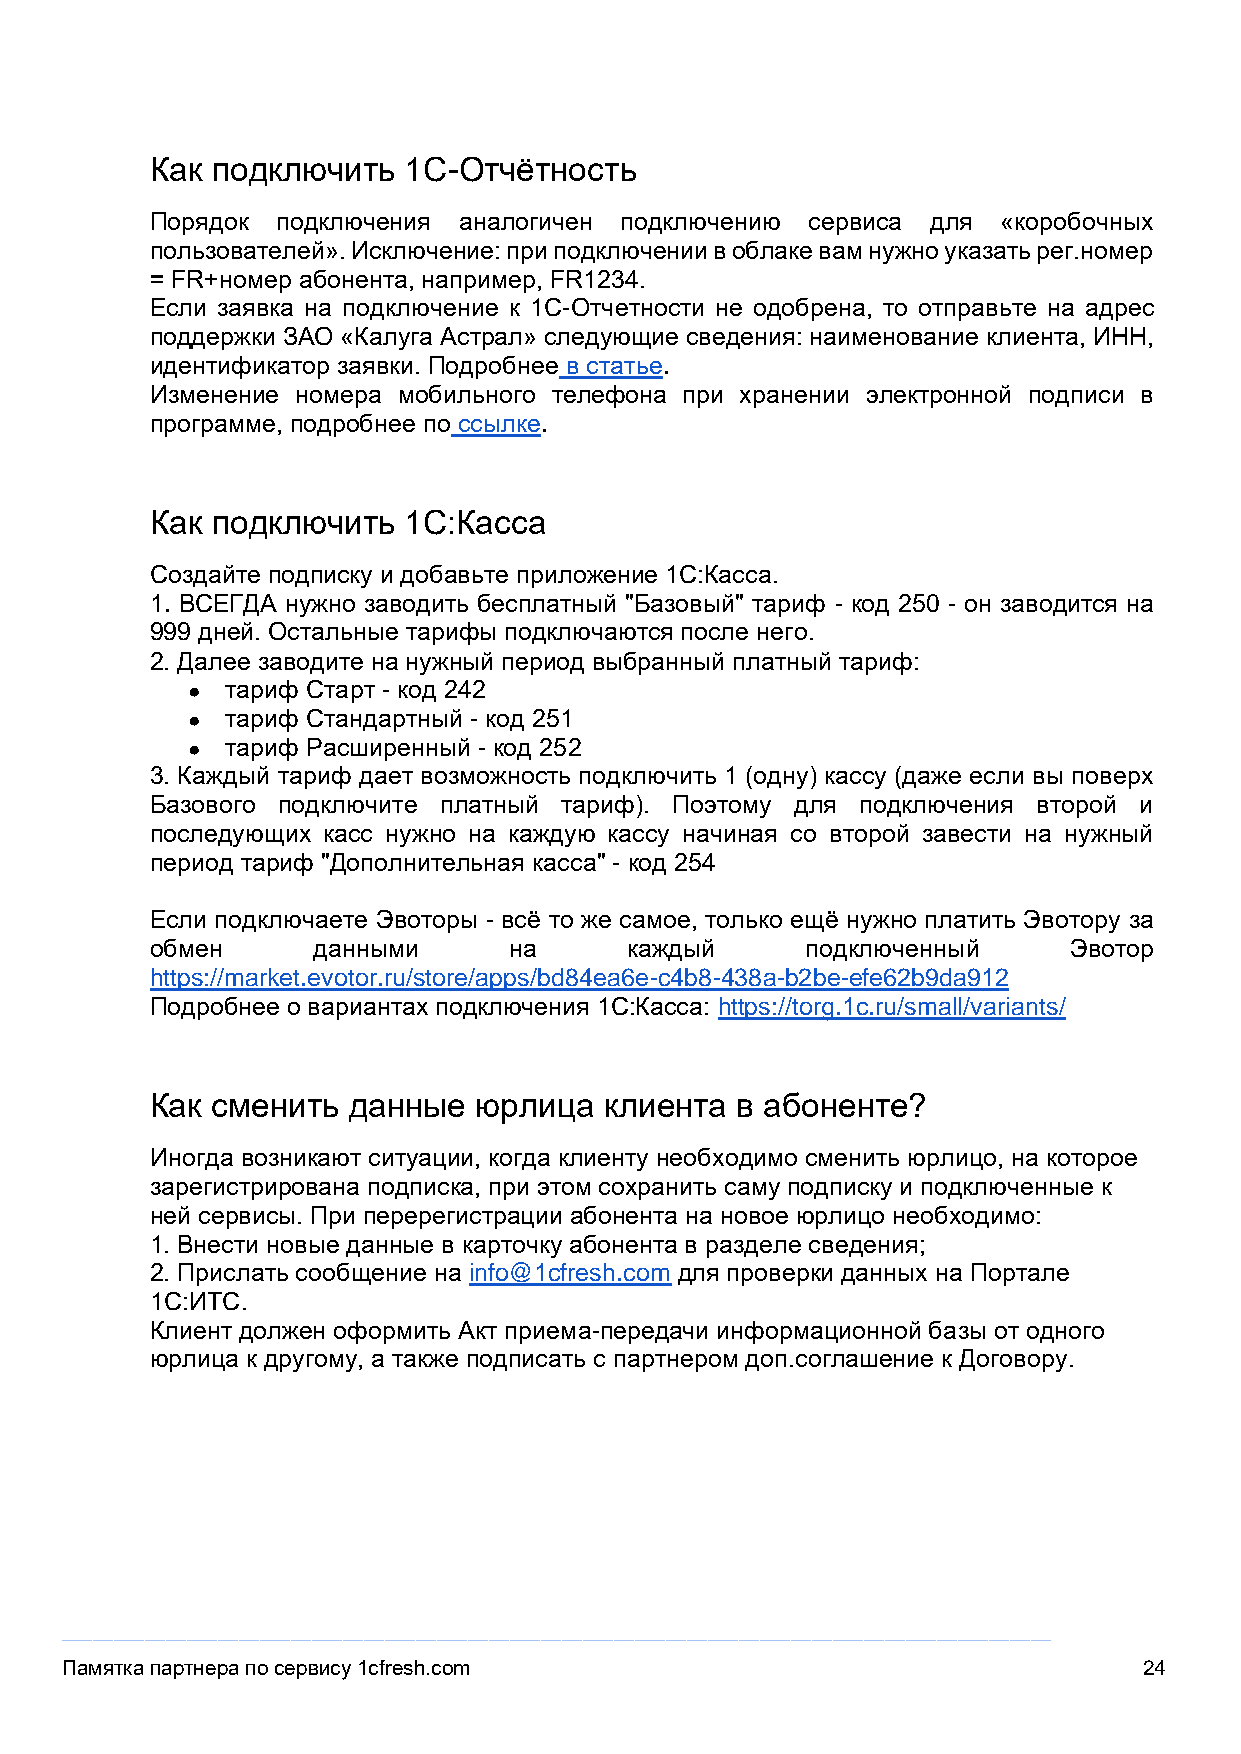
Как подключить   1С-Отчётность
 Порядок подключения аналогичен подключению  сервиса для «коробочных
 пользователей». Исключение: при подключении в облаке вам нужно указать рег.номер
 = FR+номер абонента, например, FR1234.
 Если заявка на подключение к 1С-Отчетности не одобрена, то отправьте на адрес
 поддержки ЗАО «Калуга Астрал» следующие сведения: наименование клиента, ИНН,
 идентификатор заявки. Подробнее в статье.
 Изменение номера мобильного телефона при хранении электронной подписи в
 программе, подробнее по ссылке.
 Как подключить   1С:Касса
 Создайте подписку и добавьте приложение 1С:Касса.
 1. ВСЕГДА нужно заводить бесплатный "Базовый" тариф - код 250 - он заводится на
 999 дней. Остальные тарифы подключаются после него.
 2. Далее заводите на нужный период выбранный платный тариф:
 ●  тариф Старт - код 242
 ●  тариф Стандартный - код 251
 ●  тариф Расширенный - код 252
 3. Каждый тариф дает возможность подключить 1 (одну) кассу (даже если вы поверх
 Базового подключите платный тариф). Поэтому для подключения второй и
 последующих касс нужно на каждую кассу начиная со второй завести на нужный
 период тариф "Дополнительная касса" - код 254
 Если подключаете Эвоторы - всё то же самое, только ещё нужно платить Эвотору за
 обмен      данными      на      каждый     подключенный      Эвотор
 https://market.evotor.ru/store/apps/bd84ea6e-c4b8-438a-b2be-efe62b9da912
 Подробнее о вариантах подключения 1С:Касса: https://torg.1c.ru/small/variants/
 Как сменить  данные  юрлица   клиента  в абоненте?
 Иногда возникают ситуации, когда клиенту необходимо сменить юрлицо, на которое
 зарегистрирована подписка, при этом сохранить саму подписку и подключенные к
 ней сервисы. При перерегистрации абонента на новое юрлицо необходимо:
 1. Внести новые данные в карточку абонента в разделе сведения;
 2. Прислать сообщение на info@1cfresh.com для проверки данных на Портале
 1С:ИТС.
 Клиент должен оформить Акт приема-передачи информационной базы от одного
 юрлица к другому, а также подписать с партнером доп.соглашение к Договору.
 _______________________________________________________________________________________________
 Памятка партнера по сервису 1cfresh.com                                 24